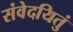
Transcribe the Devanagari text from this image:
संवेदयितुं